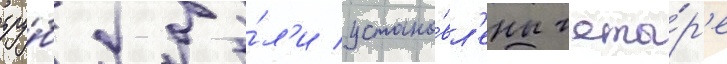
тру́б бы́л'и устано́вл'ены четы́р'е